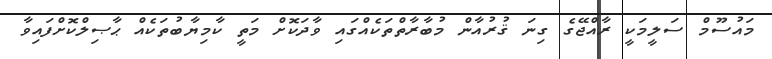
މައުސޫމް ސަލީމަކީ ރާއްޖޭގެ ގިނަ ޤުރުއާން މުބާރާތްތަކެއްގައި ވާދަކޮށް މަތީ ކާމިޔާބުތަކެއް ޙާޞިލްކޮށްފައިވާ